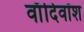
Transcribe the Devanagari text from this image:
वाँदिवॉश